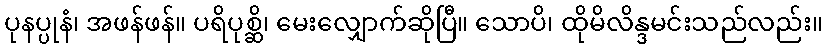
ပုနပ္ပုနံ၊ အဖန်ဖန်။ ပရိပုစ္ဆိ၊ မေးလျှောက်ဆိုပြီ။ သောပိ၊ ထိုမိလိန္ဒမင်းသည်လည်း။